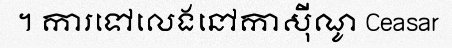
។ ការទៅលេងនៅកាស៊ីណូ Ceasar